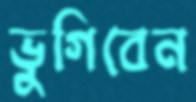
ভুগিবেন